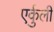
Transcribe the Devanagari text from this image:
एर्कुली